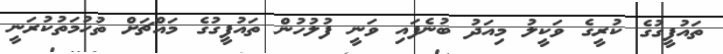
ތައުފީގުގެ ކުރީގެ ވަކީލު މިއަދު ބުނެފައި ވަނީ ފުލުހުން ތައުފީގުގެ މައްޗަށް ތުހުމަތުކުރަނީ